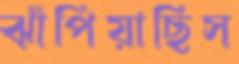
ঝাঁপিয়াছিস